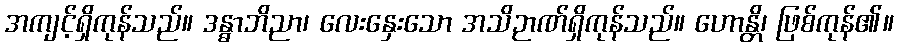
အကျင့်ရှိကုန်သည်။ ဒန္ဓာဘိညာ၊ လေးနှေးသော အသိဉာဏ်ရှိကုန်သည်။ ဟောန္တိ၊ ဖြစ်ကုန်၏။